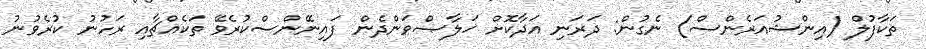
ތަކާފުލް (އިންޝުއަރެންސް) ނެގުން: ދަރަނި އަދާކޮށް ޚަލާޞްވަންދެން ފައިނޭންސްކުރެވޭ ތަކެއްޗާއި ރަހުނު ކުރެވުުނު